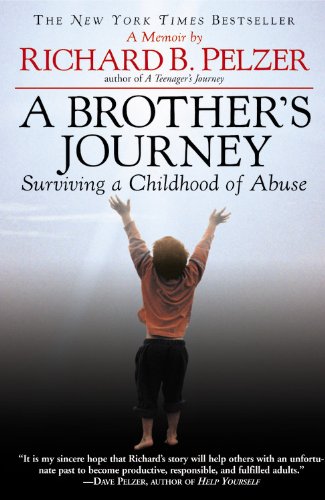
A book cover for A Brother's Journey: Surviving a Childhood of Abuse; Richard B. Pelzer; Self-Help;